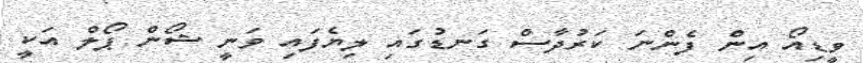
ވީޑިއޯ އިން ފެންނަ ކަރުދާސް ގަނޑުގައި ލިޔެފައި ވަނީ ޝޯން ޕޯލް އަކީ